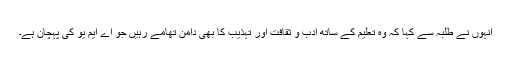
انہوں نے طلبہ سے کہا کہ وہ تعلیم کے ساتھ ادب و ثقافت اور تہذیب کا بھی دامن تھامے رہیں جو اے ایم یو کی پہچان ہے۔